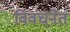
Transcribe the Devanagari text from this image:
विवंचनेत